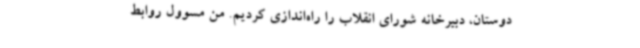
دوستان، دبیرخانه شورای انقلاب را راه‌اندازی کردیم. من مسوول روابط